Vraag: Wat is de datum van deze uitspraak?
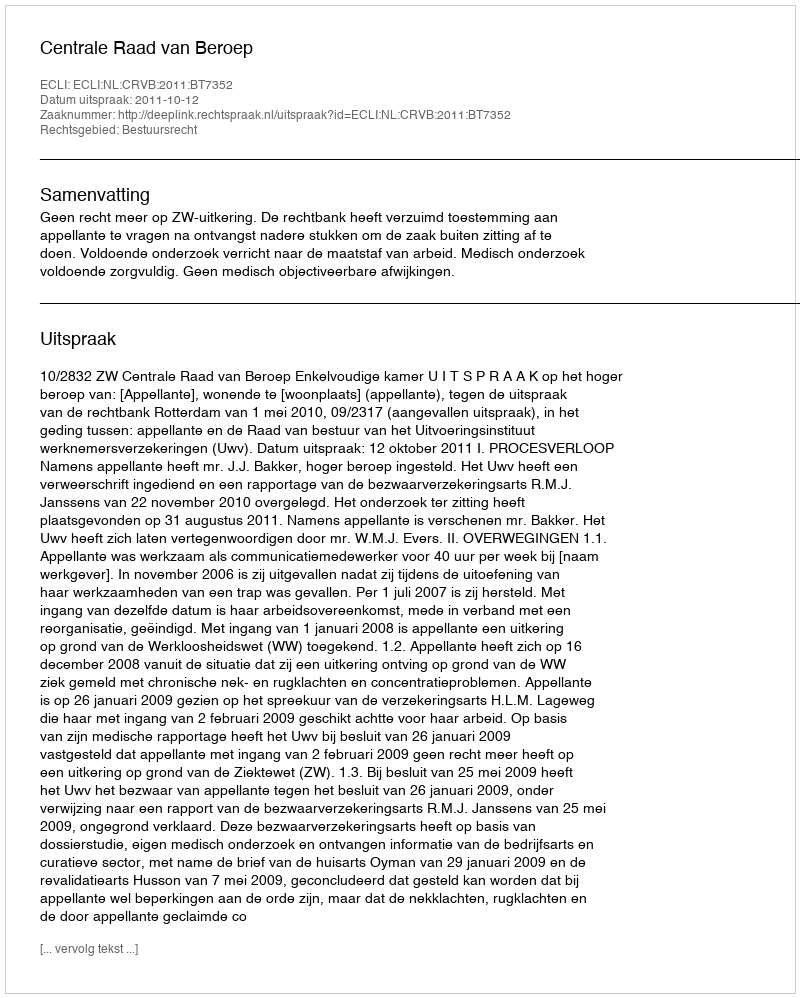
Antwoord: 2011-10-12